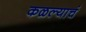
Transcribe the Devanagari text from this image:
कळल्याचं